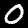
Label: 0